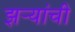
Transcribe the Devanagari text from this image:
झऱ्यांची